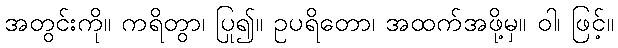
အတွင်းကို။ ကရိတွာ၊ ပြု၍။ ဥပရိတော၊ အထက်အဖို့မှ။ ဝါ၊ ဖြင့်။